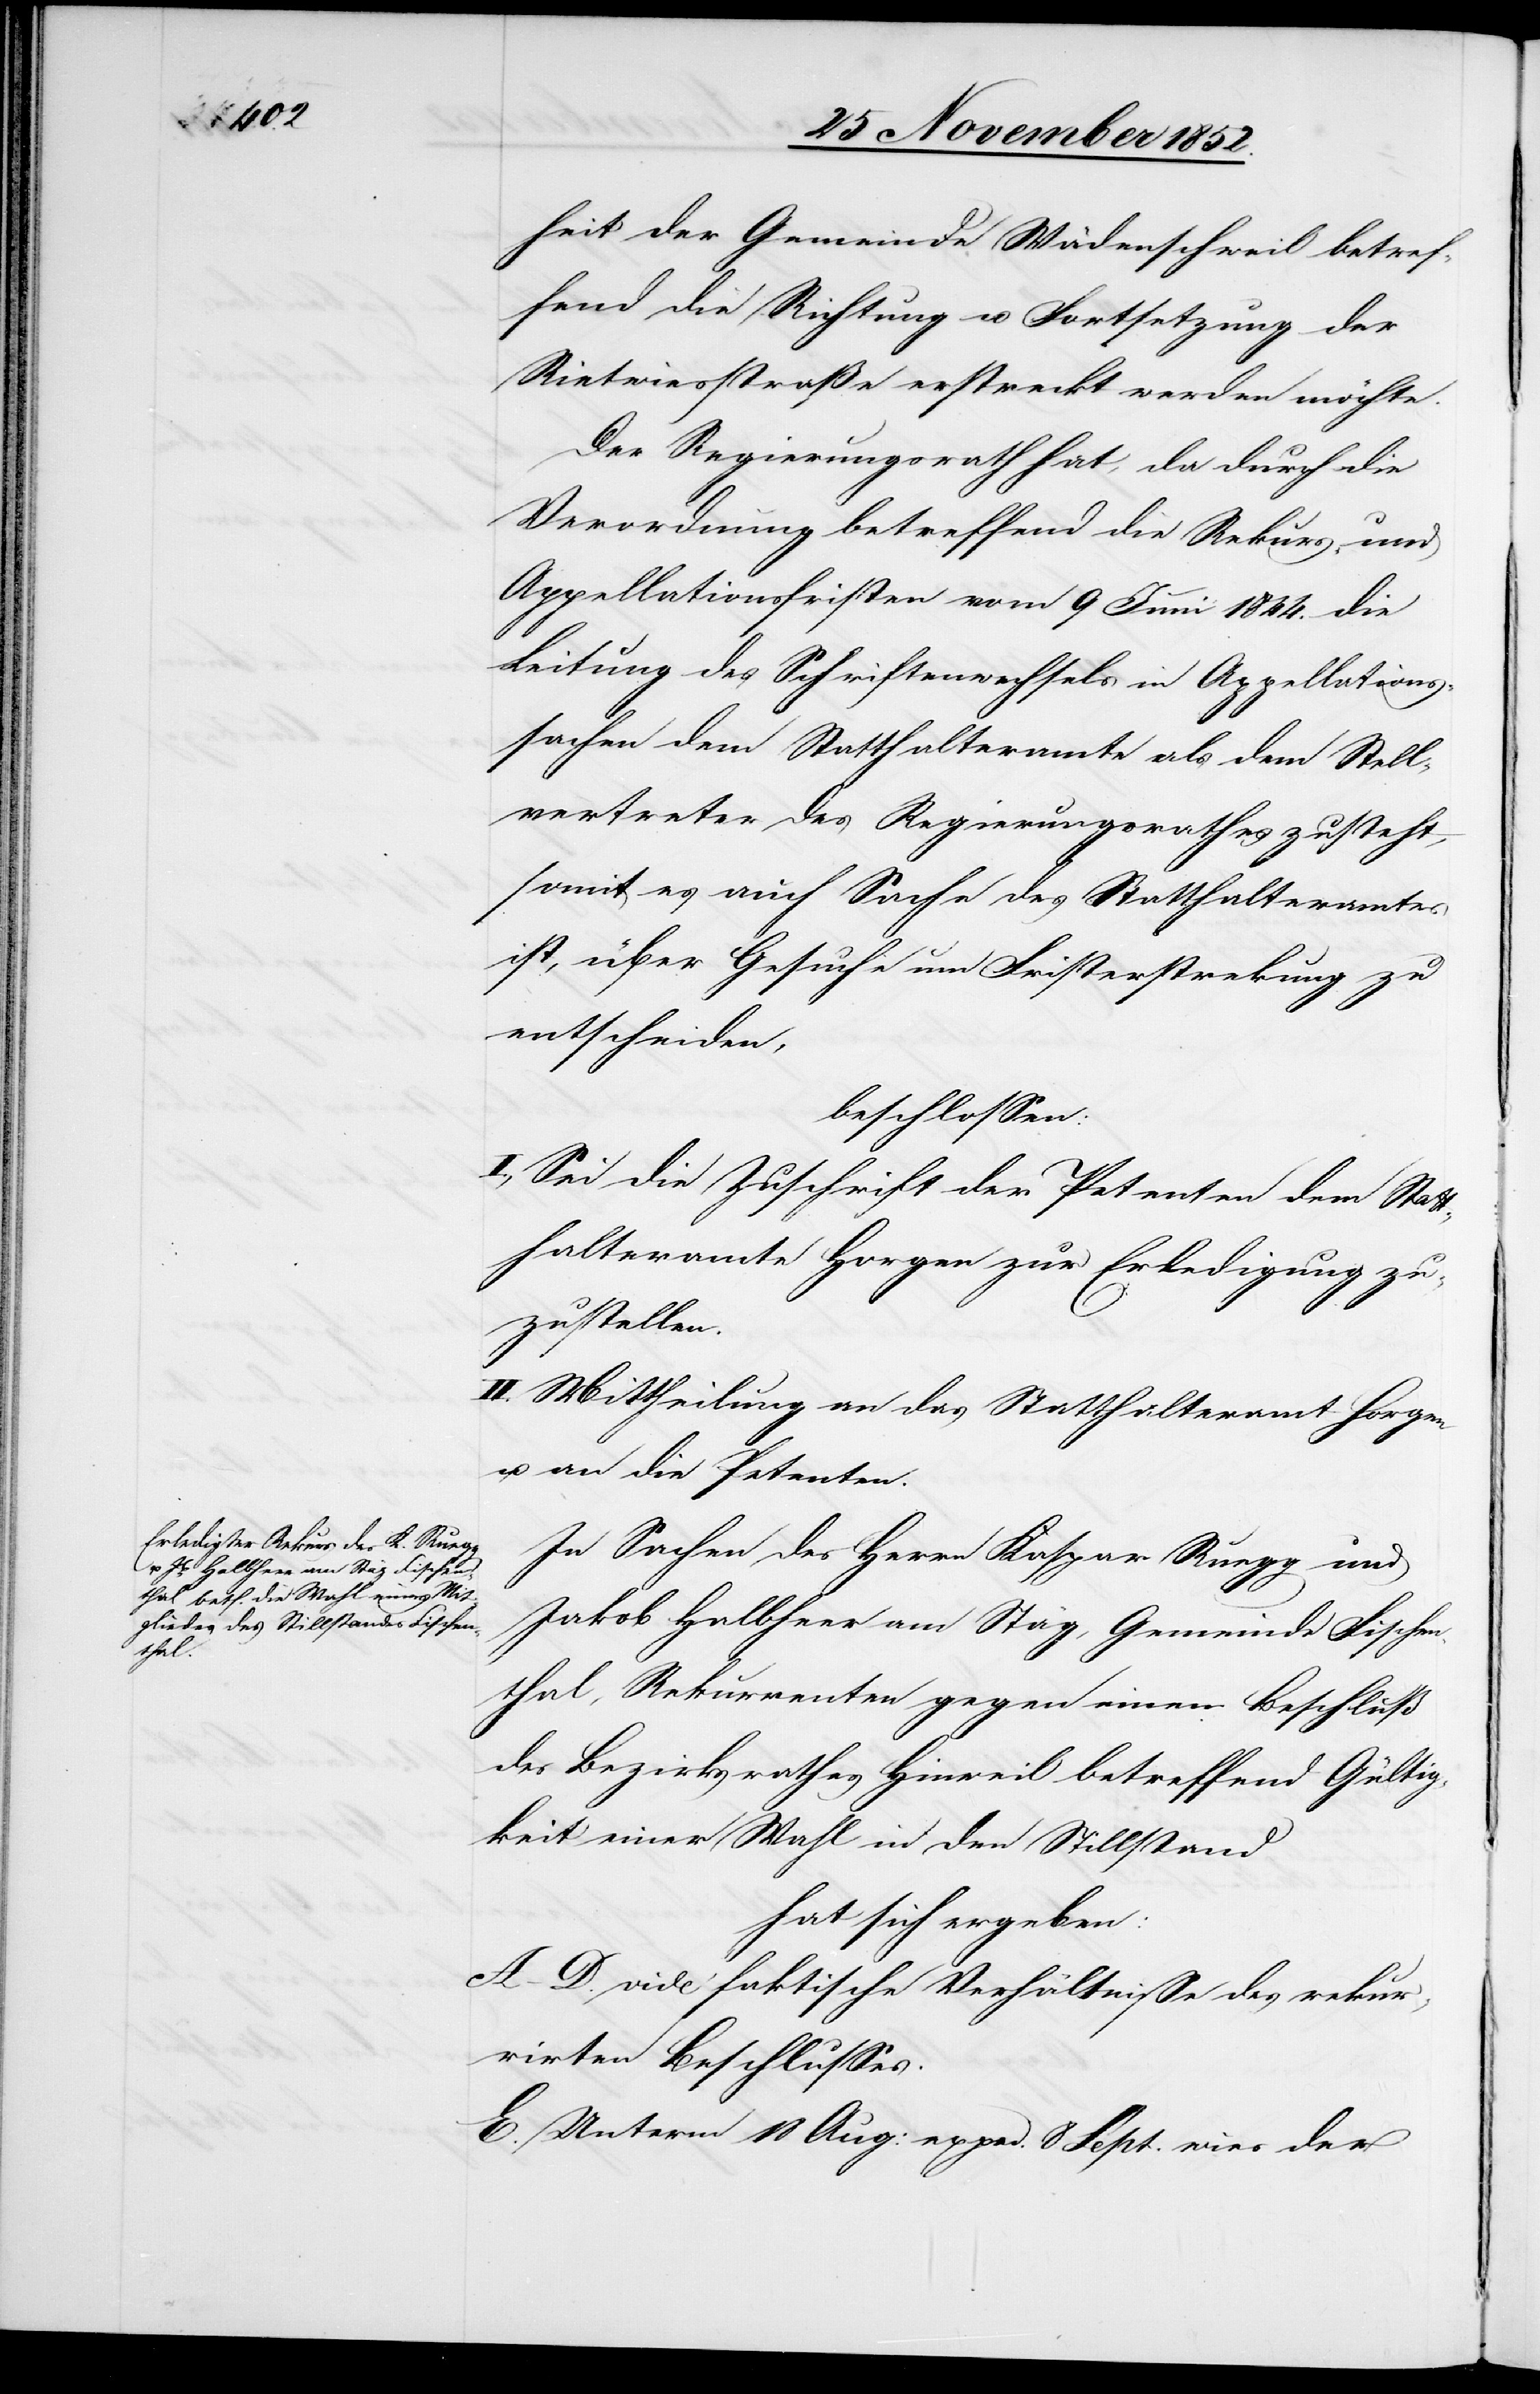
heit der Gemeinde Wädenschweil betref¬
fend die Richtung u. Fortsetzung der
Rietwiesstraße erstreckt werden möchte.
Der Regierungsrath hat, da durch die
Verordnung betreffend die Rekurs- und
Appellationsfristen vom 9 Juni 1844. die
Leitung des Schriftenwechsels in Appellations¬
sachen dem Statthalteramte als dem Stell¬
vertreter des Regierungsrathes zusteht,
somit es auch Sache des Statthalteramtes
ist, über Gesuche um Fristerstreckung zu
entscheiden,
beschlossen:
I., Sei die Zuschrift der Petenten dem Stat¬
thalteramte Horgen zur Erledigung zu¬
zustellen.
II. Mittheilung an das Statthalteramt Horgen
u. an die Petenten.
In Sachen des Herrn Kaspar Ruegg und
Jakob Halbheer am Stäg, Gemeinde Fischen¬
thal, Rekurrenten gegen einen Beschluß
des Bezirksrathes Hinweil betreffend Gültig¬
keit einer Wahl in den Stillstand
hat sich ergeben:
A–D. vide faktische Verhältnisse des rekur¬
rirten Beschlusses.
E. Unterm 18 Aug: exped. 8 Sept. wies der